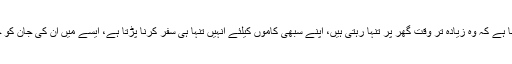
ساکشی دھونی کا کہنا ہے کہ وہ زیادہ تر وقت گھر پر تنہا رہتی ہیں، اپنے سبھی کاموں کیلئے انہیں تنہا ہی سفر کرنا پڑتا ہے، ایسے میں ان کی جان کو خطرہ لاحق رہتا ہے۔